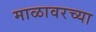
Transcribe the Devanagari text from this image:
माळावरच्या